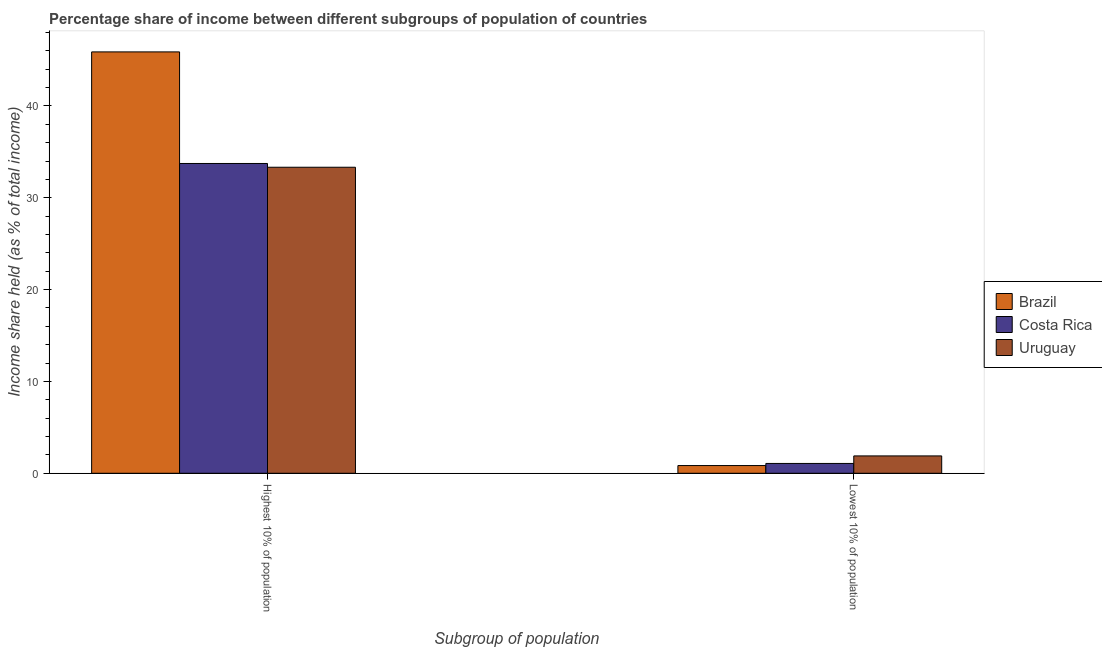
| Subgroup of population | Brazil | Costa Rica | Uruguay |
 | --- | --- | --- | --- |
 | Highest 10% of population | 45.9 | 33.7 | 33.3 |
 | Lowest 10% of population | 0.84 | 1.07 | 1.89 |